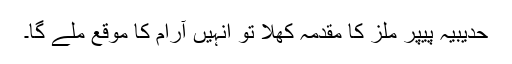
حدیبیہ پیپر ملز کا مقدمہ کھلا تو انہیں آرام کا موقع ملے گا۔